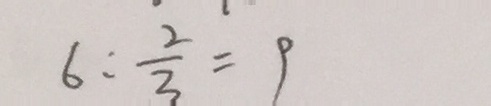
6 : \frac { 2 } { 3 } = 9